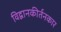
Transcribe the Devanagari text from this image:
विद्वानकीर्तनकार